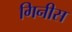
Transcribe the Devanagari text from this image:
गिनीस